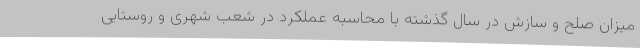
میزان صلح و سازش در سال گذشته با محاسبه عملکرد در شعب شهری و روستایی